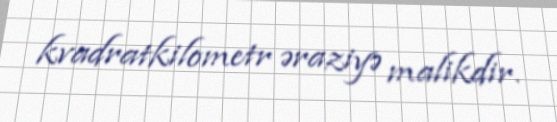
kvadratkilometr əraziyə malikdir.